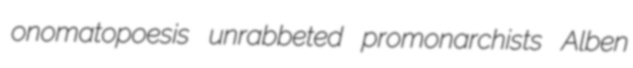
onomatopoesis unrabbeted promonarchists Alben